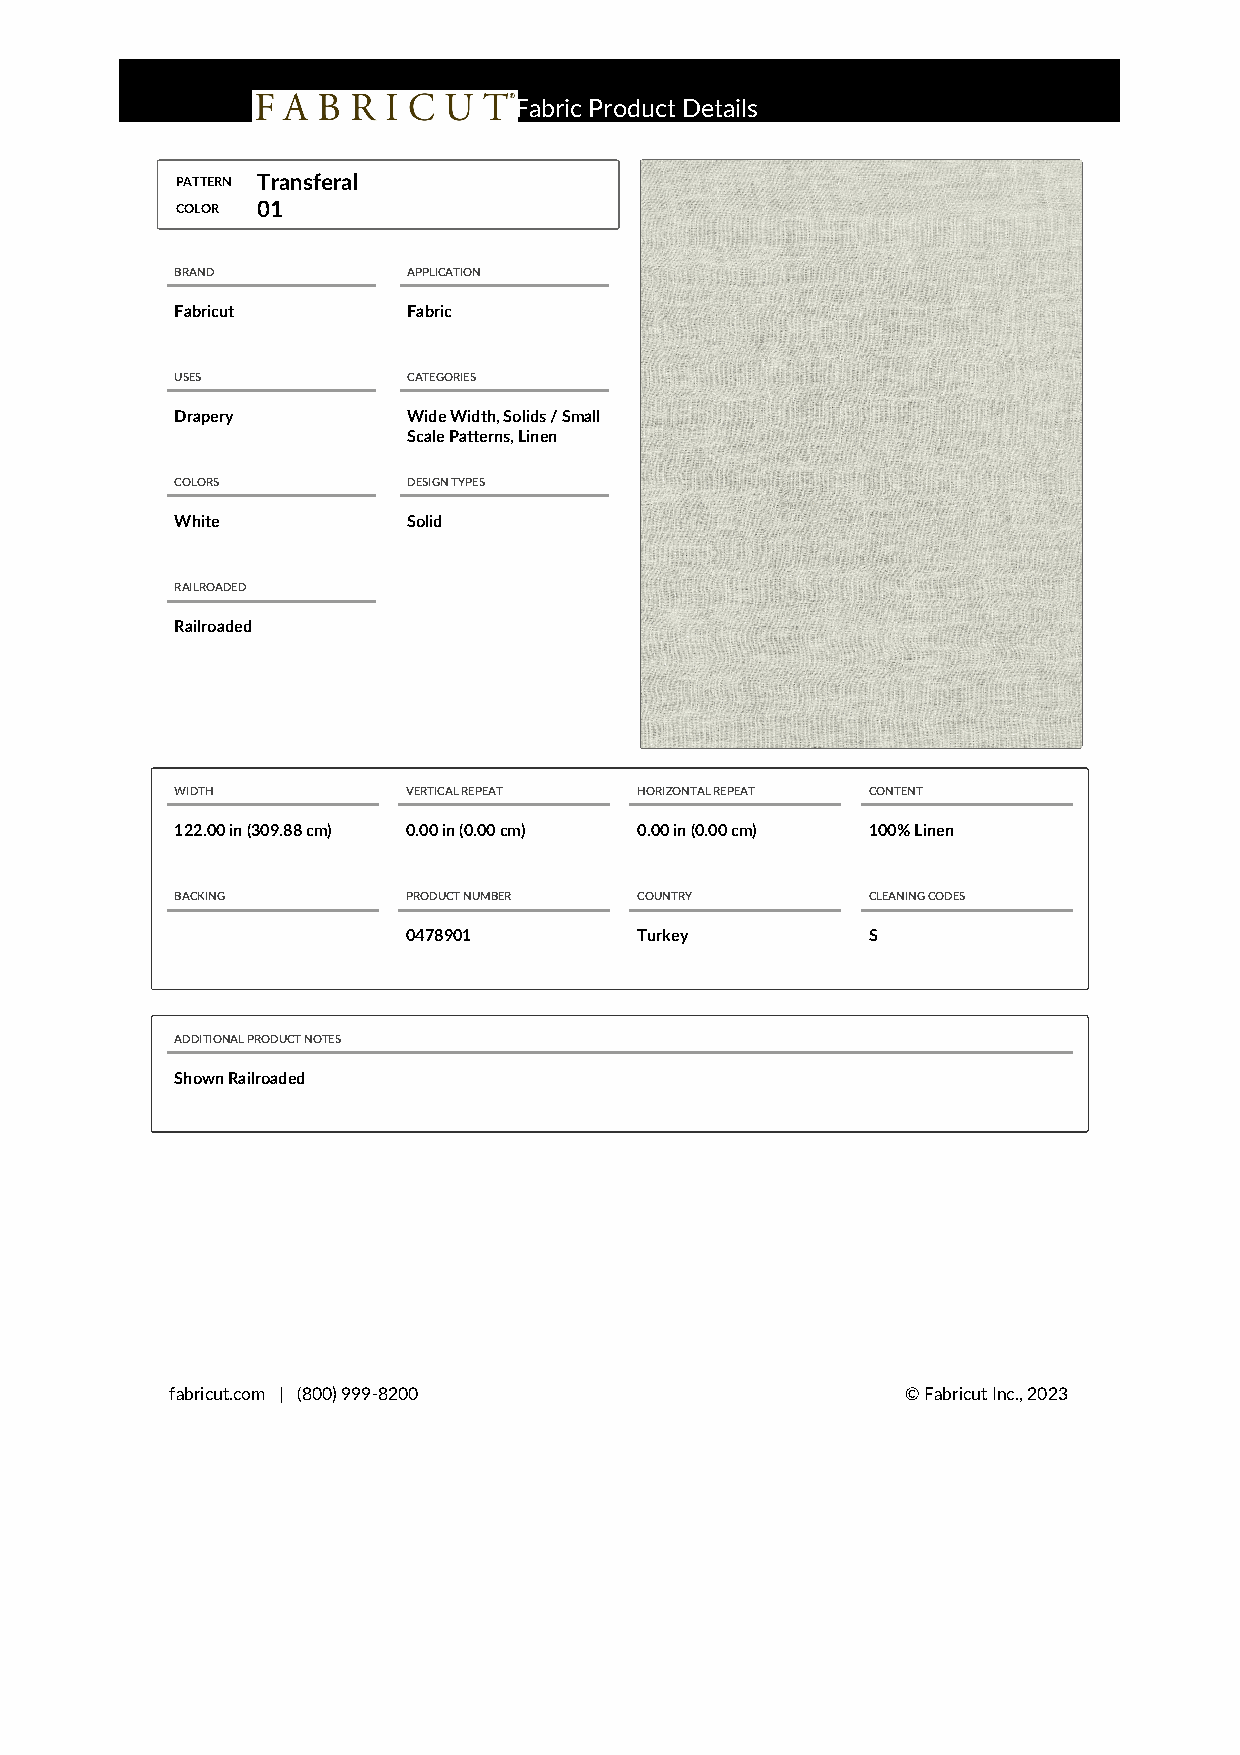
FFaabbrriicc PPrroodduucctt DDeettaaiillss
 PATTERN Transferal    Fabric Product Details
 COLOR 01
 BRAND          APPLICATION
 Fabricut       Fabric
 USES           CATEGORIES
 Drapery        Wide Width, Solids / Small
 Scale Patterns, Linen
 COLORS         DESIGN TYPES
 White          Solid
 RAILROADED
 Railroaded
 WIDTH          VERTICAL REPEAT HORIZONTAL REPEAT CONTENT
 122.00 in (309.88 cm) 0.00 in (0.00 cm) 0.00 in (0.00 cm) 100% Linen
 BACKING        PRODUCT NUMBER COUNTRY        CLEANING CODES
 0478901        Turkey         S
 ADDITIONAL PRODUCT NOTES
 Shown Railroaded
 fabricut.com | (800) 999-8200                    © Fabricut Inc., 2023